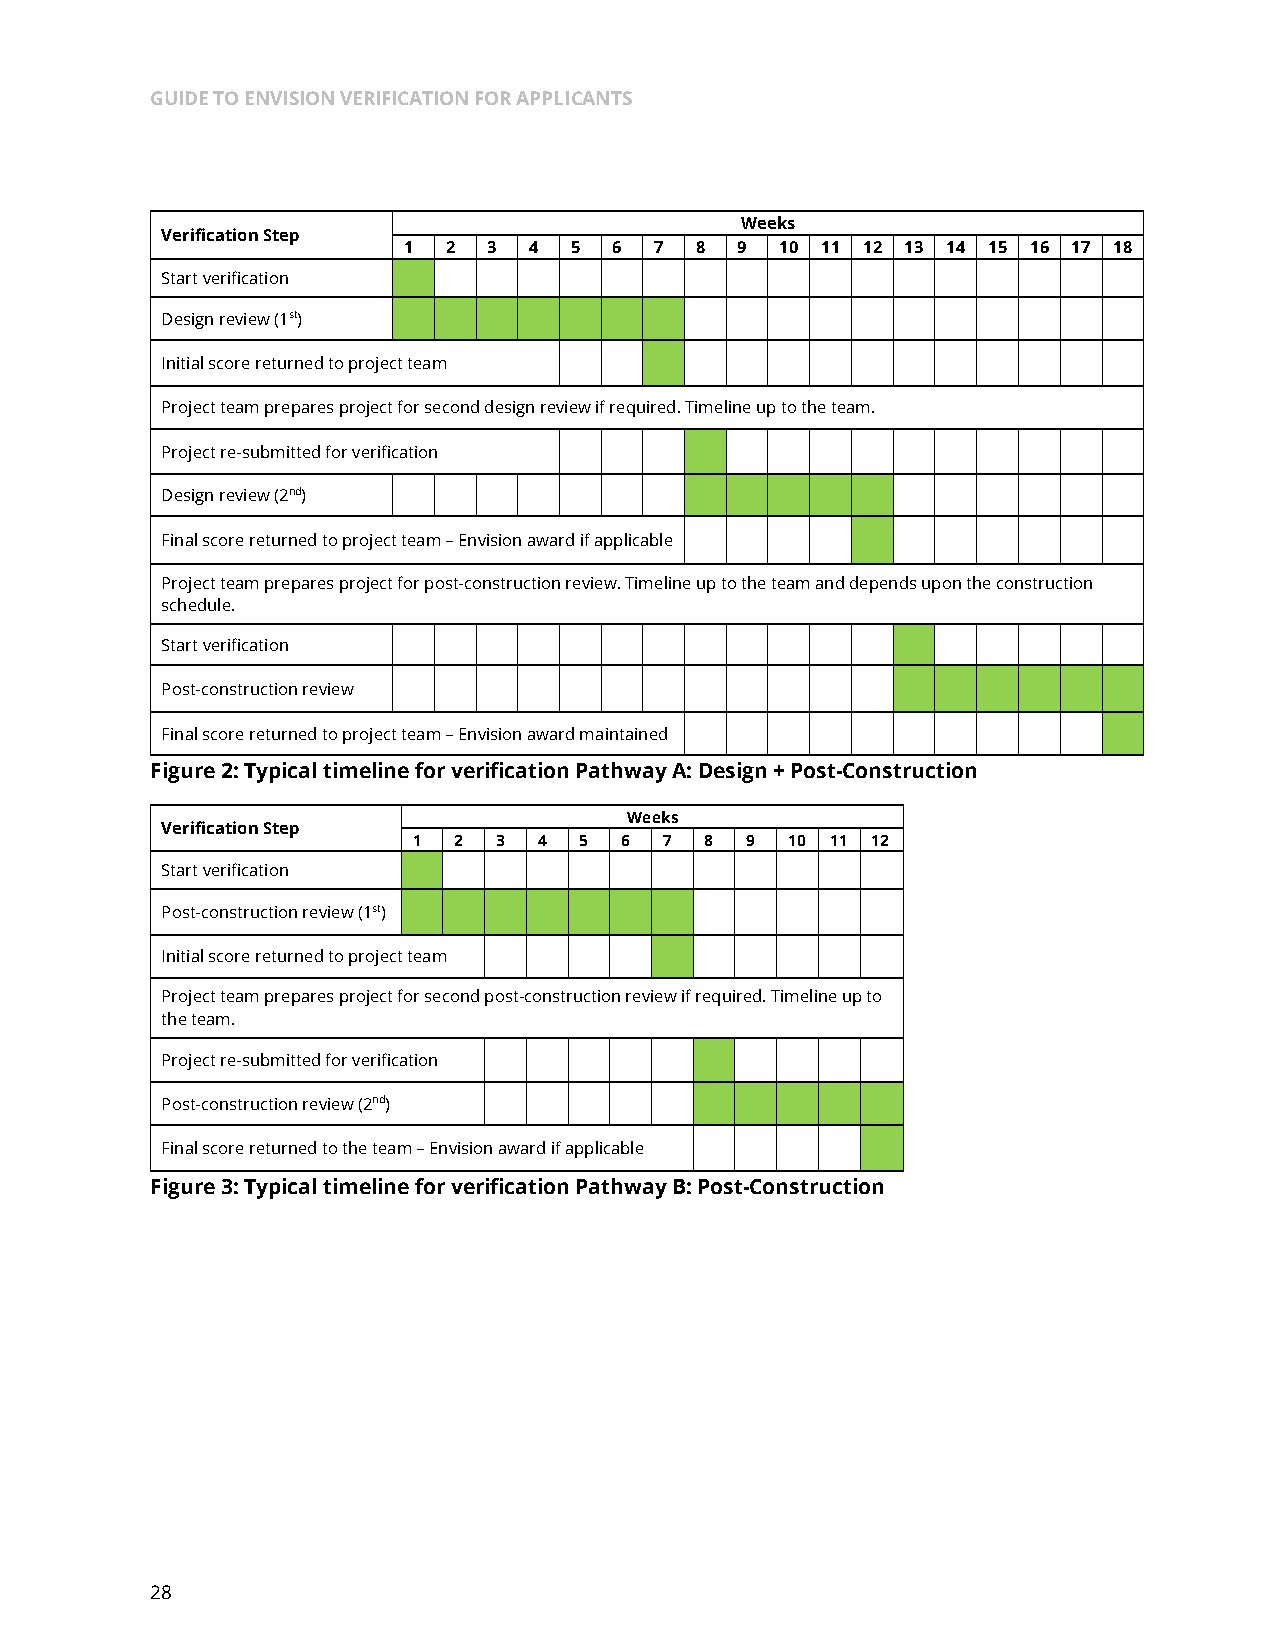
GUIDE TO ENVISION VERIFICATION FOR APPLICANTS
 Weeks
 Verification Step
 1  2 3  4  5  6 7  8  9  10 11 12 13 14 15 16 17 18
 Start verification
 Design review (1st)
 Initial score returned to project team
 Project team prepares project for second design review if required. Timeline up to the team.
 Project re-submitted for verification
 Design review (2nd)
 Final score returned to project team – Envision award if applicable
 Project team prepares project for post-construction review. Timeline up to the team and depends upon the construction
 schedule.
 Start verification
 Post-construction review
 Final score returned to project team – Envision award maintained
 Figure 2: Typical timeline for verification Pathway A: Design + Post-Construction
 Weeks
 Verification Step
 1  2  3  4 5  6  7  8 9  10 11 12
 Start verification
 Post-construction review (1st)
 Initial score returned to project team
 Project team prepares project for second post-construction review if required. Timeline up to
 the team.
 Project re-submitted for verification
 Post-construction review (2nd)
 Final score returned to the team – Envision award if applicable
 Figure 3: Typical timeline for verification Pathway B: Post-Construction
 28